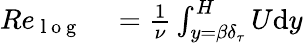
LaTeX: \begin{array}{rl}{Re_{\mathrm{~l~o~g~}}}&{{}=\frac{1}{\nu}\int_{y={\beta}\delta_{\tau}}^{H}U\mathrm{d}y}\end{array}